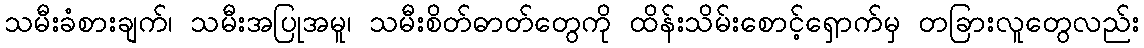
သမီးခံစားချက်၊ သမီးအပြုအမူ၊ သမီးစိတ်ဓာတ်တွေကို ထိန်းသိမ်းစောင့်ရှောက်မှ တခြားလူတွေလည်း